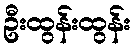
ဦးထွန်းထွန်း